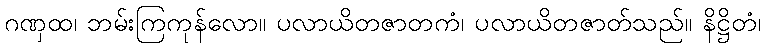
ဂဏှထ၊ ဘမ်းကြကုန်လော။ ပလာယိတဇာတကံ၊ ပလာယိတဇာတ်သည်။ နိဋ္ဌိတံ၊